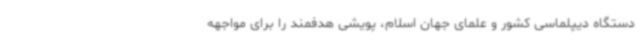
دستگاه دیپلماسی کشور و علمای جهان اسلام، پویشی هدفمند را برای مواجهه